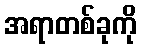
အရာတစ်ခုကို